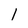
Character: l